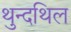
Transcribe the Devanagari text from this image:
थुन्दथिल